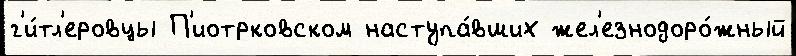
г'и́тл'еровцы П'иотрковском наступа́вших жел'езнодоро́жный